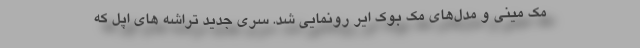
مک مینی و مدل‌های مک بوک ایر رونمایی شد. سری جدید تراشه های اپل که